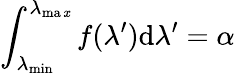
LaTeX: \int_{\lambda_{\operatorname*{min}}}^{\lambda_{\operatorname*{ma\mathit{x}}}}f(\lambda^{\prime})\mathrm{{d}}\lambda^{\prime}=\alpha